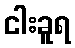
ငါးခူရ